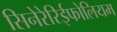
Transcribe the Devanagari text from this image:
सिनेरेरिईफोलियम